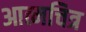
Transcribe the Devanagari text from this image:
आत्मचित्र